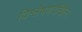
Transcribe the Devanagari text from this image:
विश्लेषणदेखिल